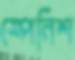
স্পেনিশ